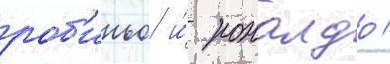
роб'иньо и́ роналдо /